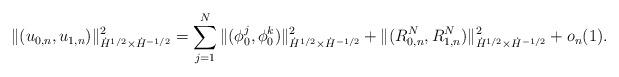
LaTeX: \begin{align*}\| (u_{0, n}, u_{1, n}) \|_{\dot{H}^{1/2} \times \dot{H}^{-1/2}}^{2} = \sum_{j = 1}^{N} \| (\phi_{0}^{j}, \phi_{0}^{k}) \|_{\dot{H}^{1/2} \times \dot{H}^{-1/2}}^{2} + \| (R_{0, n}^{N}, R_{1, n}^{N}) \|_{\dot{H}^{1/2} \times \dot{H}^{-1/2}}^{2} + o_{n}(1).\end{align*}